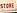
store